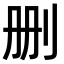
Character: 删